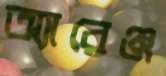
অ্যারেঞ্জ